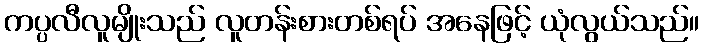
ကပ္ပလီလူမျိုးသည် လူတန်းစားတစ်ရပ် အနေဖြင့် ယုံလွယ်သည်။